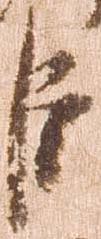
臣